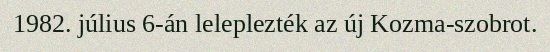
1982. július 6-án leleplezték az új Kozma-szobrot.